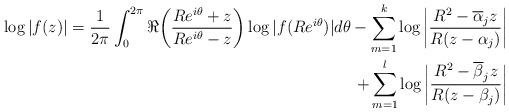
LaTeX: \begin{align*}\log|f(z)| = \frac{1}{2\pi}\int_{0}^{2\pi}\Re\bigg(\frac{Re^{i\theta}+z}{Re^{i\theta}-z}\bigg)\log|f(Re^{i\theta})|d\theta - \sum_{m=1}^{k}\log\bigg|\frac{R^{2}-\overline{\alpha}_jz}{R(z-\alpha_j)}\bigg|\\ + \sum_{m=1}^{l}\log\bigg|\frac{R^{2}-\overline{\beta}_jz}{R(z-\beta_j)}\bigg|\end{align*}